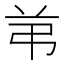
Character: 𰰣